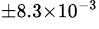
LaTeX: ^{\pm 8.3\times 10^{-3}}